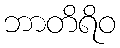
ဘာတိရိဝ